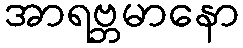
အာရဗ္ဘမာနော